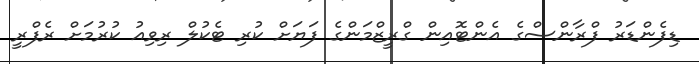
ޑިފެންޑަރު ފްރާންސްގެ އެންޓޮއިން ގްރީޒްމަންގެ ފަޔަށް ކުރި ޓެކުލް ރިވިއު ކުރުމަށް ރެފްރީ